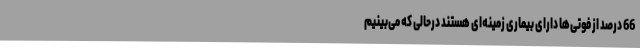
66 درصد از فوتی‌ها دارای بیماری زمینه‌ای هستند درحالی که می‌بینیم